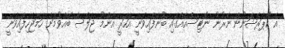
އެ ކޯޕަރޭޝަނުން ނެރުނު ނޯޓިސްއެއްގައި ބުނެފައިވަނީ އަހަރީ އާންމު ޖަލްސާ ބޭއްވުމަށް ހަމަޖެހިފައިވަނީ